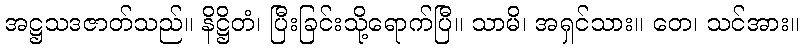
အဋ္ဌသဒဇာတ်သည်။ နိဋ္ဌိတံ၊ ပြီးခြင်းသို့ရောက်ပြီ။ သာမိ၊ အရှင်သား။ တေ၊ သင်အား။